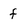
Character: f